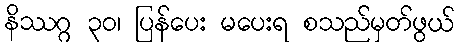
နိဿဂ္ဂ ၃၀၊ ပြန်ပေး မပေးရ စသည်မှတ်ဖွယ်